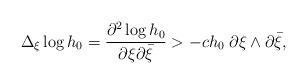
LaTeX: \begin{align*} \Delta_{\xi} \log h_0 = \frac{ \partial ^2 \log h_0}{ \partial \xi \partial \bar{\xi} } > -c h_0 \; \partial \xi \wedge \partial \bar{\xi},\end{align*}